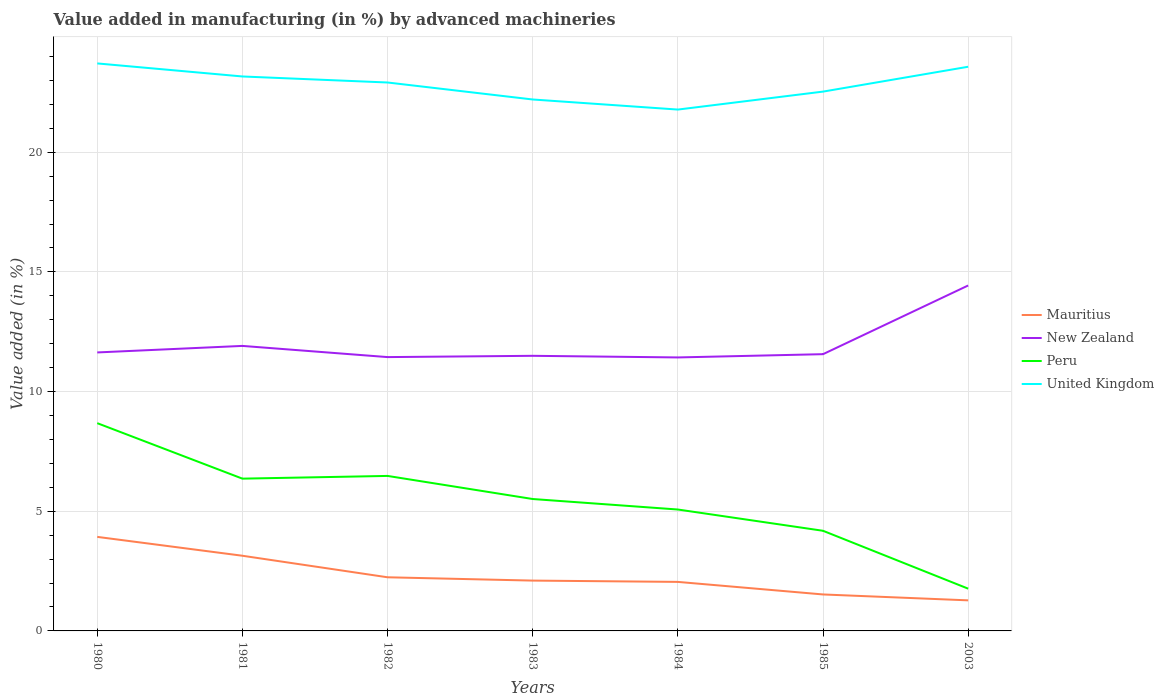
| Years | Mauritius | New Zealand | Peru | United Kingdom |
 | --- | --- | --- | --- | --- |
 | 1980 | 3.93 | 11.6 | 8.68 | 23.7 |
 | 1981 | 3.14 | 11.9 | 6.36 | 23.2 |
 | 1982 | 2.24 | 11.4 | 6.48 | 22.9 |
 | 1983 | 2.1 | 11.5 | 5.51 | 22.2 |
 | 1984 | 2.05 | 11.4 | 5.07 | 21.8 |
 | 1985 | 1.52 | 11.6 | 4.18 | 22.5 |
 | 2003 | 1.28 | 14.4 | 1.77 | 23.6 |